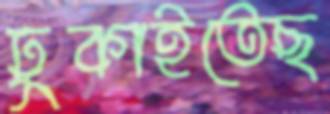
ঢুকাইতেছ